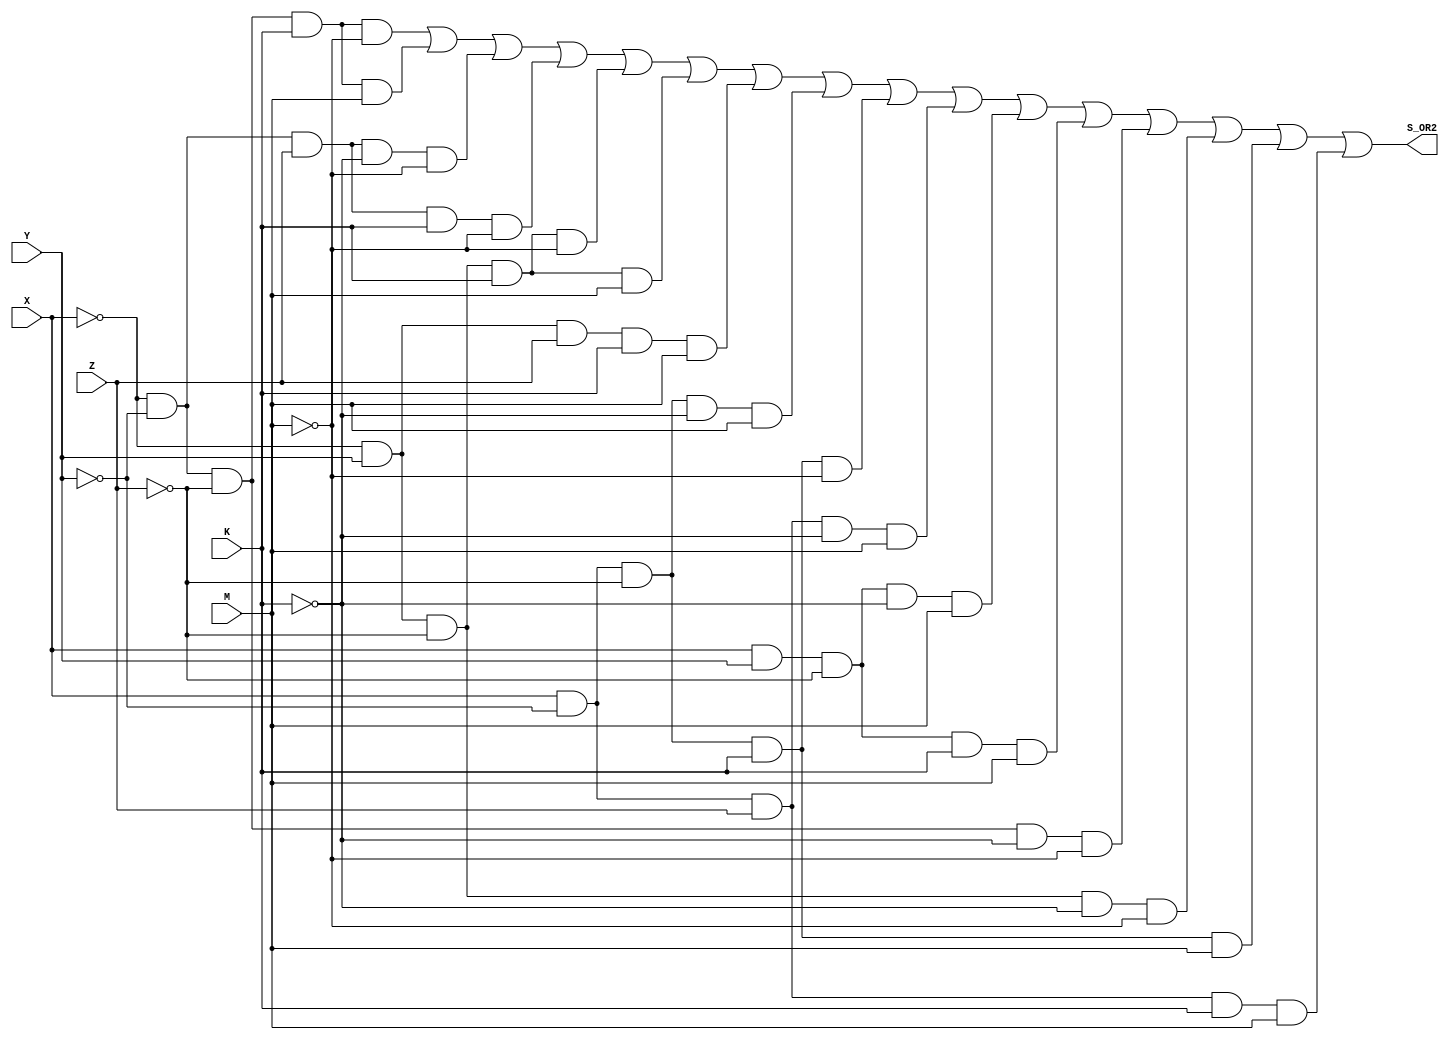

module AND_inciso2(
    output S_OR2,
    //output S_OR5,
    input X,
    input Y,
    input Z,
    input K,
    input M   
);

assign noX = !X;
assign noY = !Y;
assign noZ = !Z;
assign noK = !K;
assign noM = !M;

assign S_1 = (noX)&(noY)&(noZ)&(K)&(noM);//m2
assign S_2 = (noX)&(noY)&(noZ)&(K)&(M);//m3
assign S_3 = (noX)&(noY)&(Z)&(noK)&(noM);//m4
assign S_4 = (noX)&(noY)&(Z)&(K)&(noM);//m6
assign S_5 = (noX)&(Y)&(noZ)&(K)&(noM);//m10
assign S_6=  (noX)&(Y)&(noZ)&(K)&(M);//m11
assign S_7 = (noX)&(Y)&(Z)&(K)&(M);//m15
assign S_8 = (X)&(noY)&(noZ)&(noK)&(M);//m17
assign S_9 = (X)&(noY)&(noZ)&(K)&(noM);//m18
assign S_10 = (X)&(noY)&(Z)&(noK)&(M);//m21
assign S_11 = (X)&(Y)&(noZ)&(noK)&(M);//m25
assign S_12 = (X)&(Y)&(noZ)&(K)&(M);//m27

assign S_13 = (noX)&(noY)&(noZ)&(noK)&(noM);//x0
assign S_15 = (noX)&(Y)&(noZ)&(noK)&(noM);//x8
assign S_17 = (X)&(noY)&(noZ)&(K)&(M);//x19
assign S_19 = (X)&(noY)&(Z)&(K)&(M);//x23

assign S_OR2 = (S_1)|(S_2)|(S_3)|(S_4)|(S_5)|(S_6)|(S_7)|(S_8)|(S_9)|(S_10)|(S_11)|(S_12)|(S_13)|(S_15)|(S_17)|(S_19);
//assign S_OR5 = (noX&noY&noZ&K&noM)| (noX&noY&noZ&K&M)| (noX&noY&Z&noK&noM)| (noX&noY&Z&K&noM)| (noX&Y&noZ&K&noM)| (noX&Y&noZ&K&M)| (noX&Y&Z&K&M)| (X&noY&noZ&noK&M)| (X&noY&noZ&K&noM)| (X&noY&Z&noK&M)| (X&Y&noZ&noK&M)| (X&Y&noZ&K&M)|(noX&noY&noZ&noK&noM)|(noX&Y&noZ&noK&noM)|(X&noY&noZ&K&M)|(X&noY&Z&K&M);  

endmodule